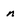
Character: n